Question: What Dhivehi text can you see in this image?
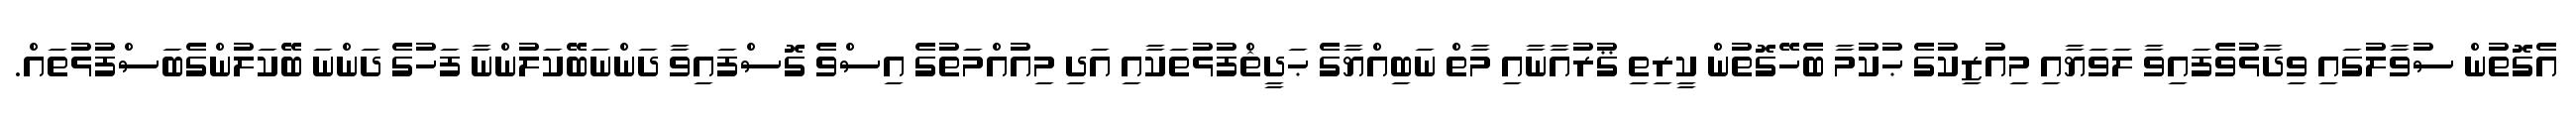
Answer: އެގޮތުން ސުވާލުގައި ވިދާޅުވެފައިވާ ލަވަޔާއި މިއުޒިކުގެ ޙުކުމާ ބެހޭގޮތުން ކީރިތި ޤުރުއާނާއި މާތް ނަބިއްޔާގެ ޙަދީޘްފުޅުތަކާއި އަދި މިއުއްމަތުގެ އިސްވެ ގޮސްފައިވާ ދަންނަބޭކަލުންނާ ފަހުގެ ދަންނަ ބޭކަލުންގެބަސްފުޅުތައް.